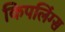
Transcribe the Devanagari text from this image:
किपलिंग्स